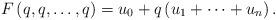
LaTeX: \begin{align*}F\left(q,q,\dots,q\right)=u_{0}+q\left(u_{1}+\dots+u_{n}\right).\end{align*}